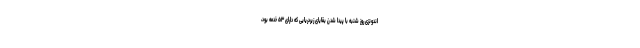
اندونزی روز شنبه با پیدا شدن بقایای زیردریایی که دارای ۵۳ خدمه بود،